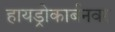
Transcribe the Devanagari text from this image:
हायड्रोकार्बनवर